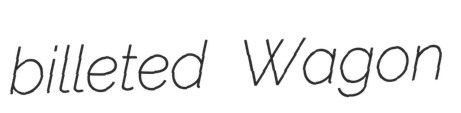
billeted Wagon